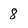
Character: 8